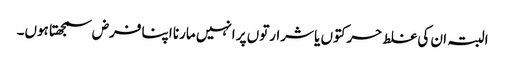
البتہ ان کی غلط حرکتوں یا شرارتوں پر انہیں مارنا اپنا فرض سمجھتا ہوں۔